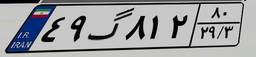
۴۹گ۸۱۲۸۰